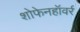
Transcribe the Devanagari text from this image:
शोफेनहॉवर्र